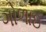
ગોળાઇ